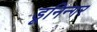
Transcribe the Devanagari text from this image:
डूनिन्गर